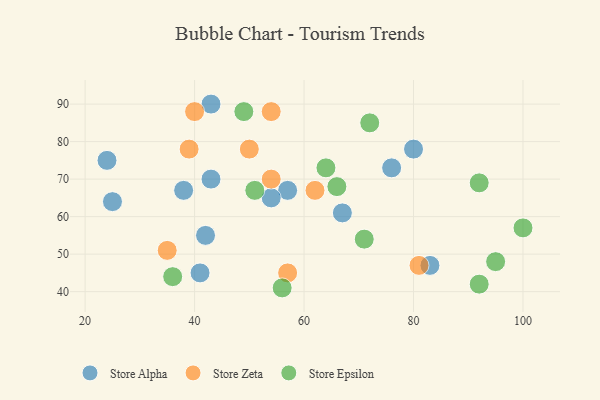
{"axis": {"x": "GDP", "y": "Life Expectancy"}, "legend": ["Store Alpha", "Store Epsilon", "Store Zeta"], "data": [{"x": "76", "y": 73, "type": "Store Alpha"}, {"x": "80", "y": 78, "type": "Store Alpha"}, {"x": "57", "y": 67, "type": "Store Alpha"}, {"x": "25", "y": 64, "type": "Store Alpha"}, {"x": "67", "y": 61, "type": "Store Alpha"}, {"x": "42", "y": 55, "type": "Store Alpha"}, {"x": "38", "y": 67, "type": "Store Alpha"}, {"x": "24", "y": 75, "type": "Store Alpha"}, {"x": "83", "y": 47, "type": "Store Alpha"}, {"x": "43", "y": 70, "type": "Store Alpha"}, {"x": "54", "y": 65, "type": "Store Alpha"}, {"x": "41", "y": 45, "type": "Store Alpha"}, {"x": "43", "y": 90, "type": "Store Alpha"}, {"x": "54", "y": 88, "type": "Store Zeta"}, {"x": "39", "y": 78, "type": "Store Zeta"}, {"x": "50", "y": 78, "type": "Store Zeta"}, {"x": "40", "y": 88, "type": "Store Zeta"}, {"x": "54", "y": 70, "type": "Store Zeta"}, {"x": "62", "y": 67, "type": "Store Zeta"}, {"x": "81", "y": 47, "type": "Store Zeta"}, {"x": "57", "y": 45, "type": "Store Zeta"}, {"x": "35", "y": 51, "type": "Store Zeta"}, {"x": "92", "y": 42, "type": "Store Epsilon"}, {"x": "49", "y": 88, "type": "Store Epsilon"}, {"x": "56", "y": 41, "type": "Store Epsilon"}, {"x": "66", "y": 68, "type": "Store Epsilon"}, {"x": "100", "y": 57, "type": "Store Epsilon"}, {"x": "51", "y": 67, "type": "Store Epsilon"}, {"x": "71", "y": 54, "type": "Store Epsilon"}, {"x": "36", "y": 44, "type": "Store Epsilon"}, {"x": "95", "y": 48, "type": "Store Epsilon"}, {"x": "72", "y": 85, "type": "Store Epsilon"}, {"x": "92", "y": 69, "type": "Store Epsilon"}, {"x": "64", "y": 73, "type": "Store Epsilon"}]}